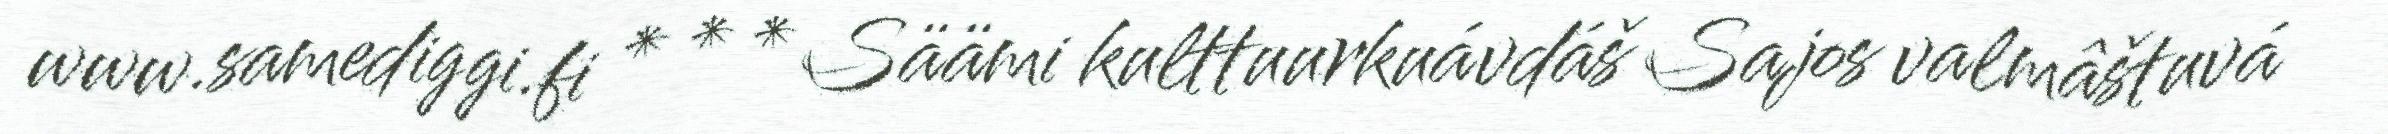
www.samediggi.fi * * * Säämi kulttuurkuávdáš Sajos valmâštuvá